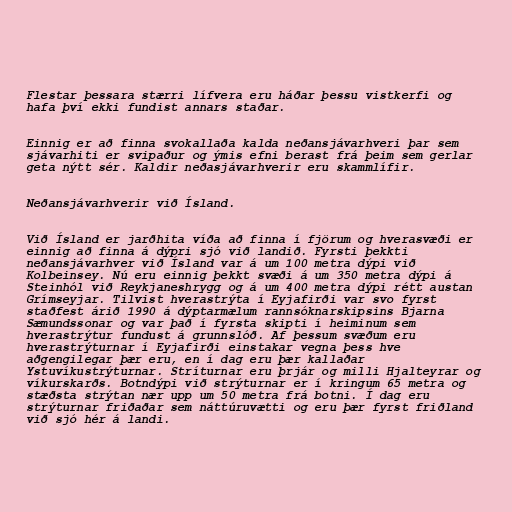
Flestar þessara stærri lífvera eru háðar þessu vistkerfi og
hafa því ekki fundist annars staðar.

Einnig er að finna svokallaða kalda neðansjávarhveri þar sem
sjávarhiti er svipaður og ýmis efni berast frá þeim sem gerlar
geta nýtt sér. Kaldir neðasjávarhverir eru skammlífir.

Neðansjávarhverir við Ísland.

Við Ísland er jarðhita víða að finna í fjörum og hverasvæði er
einnig að finna á dýpri sjó við landið. Fyrsti þekkti
neðansjávarhver við Ísland var á um 100 metra dýpi við
Kolbeinsey. Nú eru einnig þekkt svæði á um 350 metra dýpi á
Steinhól við Reykjaneshrygg og á um 400 metra dýpi rétt austan
Grímseyjar. Tilvist hverastrýta í Eyjafirði var svo fyrst
staðfest árið 1990 á dýptarmælum rannsóknarskipsins Bjarna
Sæmundssonar og var það í fyrsta skipti í heiminum sem
hverastrýtur fundust á grunnslóð. Af þessum svæðum eru
hverastrýturnar í Eyjafirði einstakar vegna þess hve
aðgengilegar þær eru, en í dag eru þær kallaðar
Ystuvíkustrýturnar. Stríturnar eru þrjár og milli Hjalteyrar og
víkurskarðs. Botndýpi við strýturnar er í kringum 65 metra og
stæðsta strýtan nær upp um 50 metra frá botni. Í dag eru
strýturnar friðaðar sem náttúruvætti og eru þær fyrst friðland
við sjó hér á landi.